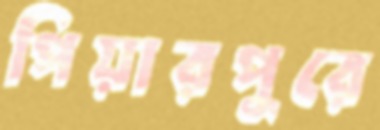
পিয়ারপুুরে